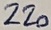
Text: 220